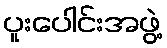
ပူးပေါင်းအဖွဲ့